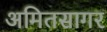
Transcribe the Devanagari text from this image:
अमितसागर